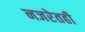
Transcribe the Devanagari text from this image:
नजरेतही